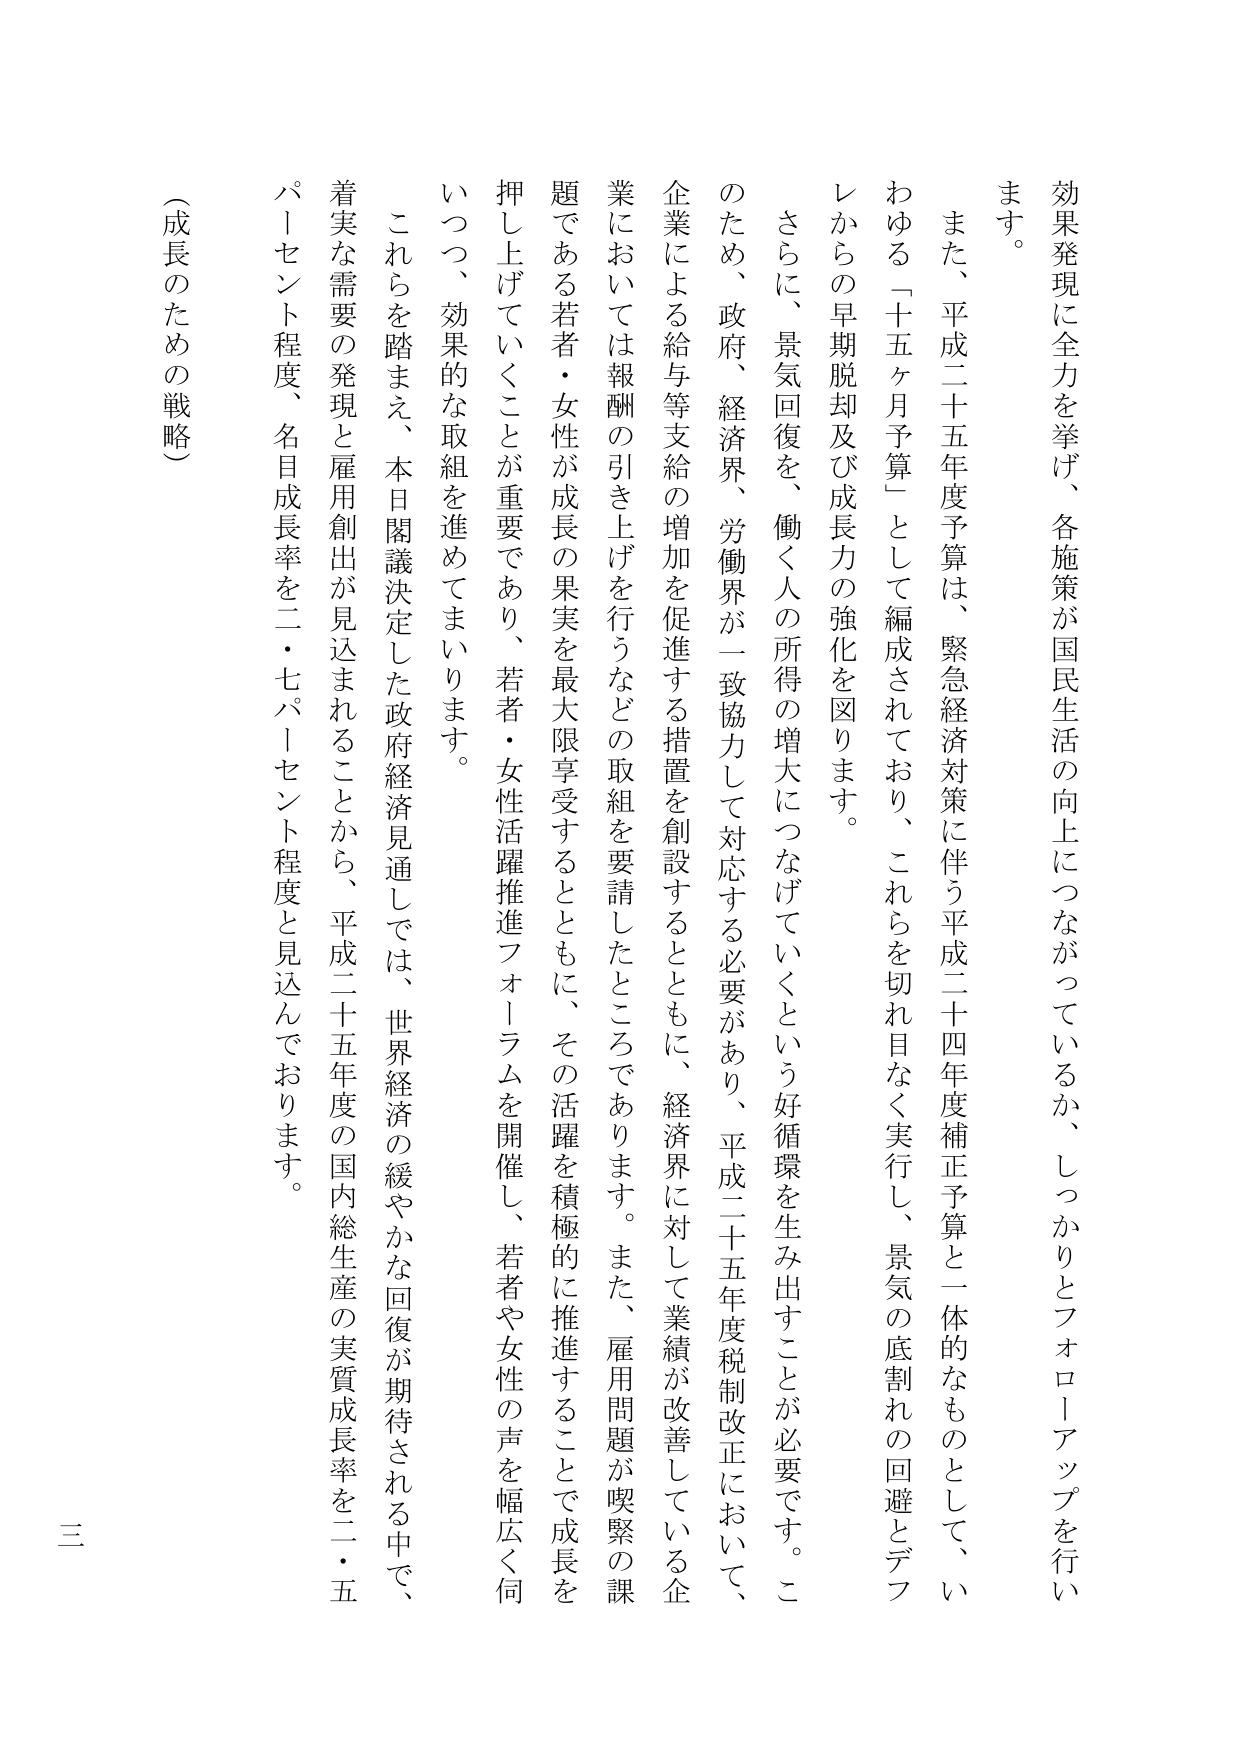
効果発現に全力を挙げ、各施策が国民生活の向上につながっているか、しっかりとフォローアップを行います。

また、平成二十五年度予算は、緊急経済対策に伴う平成二十四年度補正予算と一体的なものとして、いわゆる「十五ヶ月予算」として編成されており、これらを切れ目なく実行し、景気の底割れの回避とデフレからの早期脱却及び成長力の強化を図ります。

さらに、景気回復を、働く人の所得の増大につなげていくという好循環を生み出すことが必要です。このため、政府、経済界、労働界が一致協力して対応する必要があり、平成二十五年度税制改正において、企業による給与等支給の増加を促進する措置を創設するとともに、経済界に対して業績が改善している企業においては報酬の引き上げを行うなどの取組を要請したところです。また、雇用問題が喫緊の課題である若者・女性が成長の果実を最大限享受するとともに、その活躍を積極的に推進することで成長を押し上げていくことが重要であり、若者・女性活躍推進フォーラムを開催し、若者や女性の声を幅広く伺いつつ、効果的な取組を進めてまいります。

これらを踏まえ、本日閣議決定した政府経済見通しでは、世界経済の緩やかな回復が期待される中で、着実な需要の発現と雇用創出が見込まれることから、平成二十五年度の国内総生産の実質成長率を二・五パーセント程度、名目成長率を二・七パーセント程度と見込んでおります。

（成長のための戦略）

三